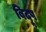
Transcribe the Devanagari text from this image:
बिदूष